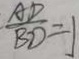
\frac { A D } { B D } = 1